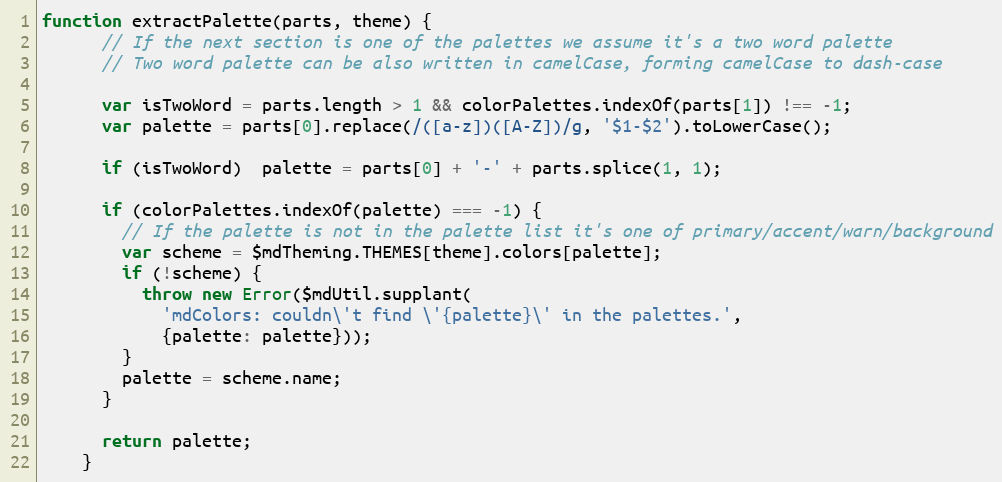
Language: JavaScript
function extractPalette(parts, theme) {
      // If the next section is one of the palettes we assume it's a two word palette
      // Two word palette can be also written in camelCase, forming camelCase to dash-case

      var isTwoWord = parts.length > 1 && colorPalettes.indexOf(parts[1]) !== -1;
      var palette = parts[0].replace(/([a-z])([A-Z])/g, '$1-$2').toLowerCase();

      if (isTwoWord)  palette = parts[0] + '-' + parts.splice(1, 1);

      if (colorPalettes.indexOf(palette) === -1) {
        // If the palette is not in the palette list it's one of primary/accent/warn/background
        var scheme = $mdTheming.THEMES[theme].colors[palette];
        if (!scheme) {
          throw new Error($mdUtil.supplant(
            'mdColors: couldn\'t find \'{palette}\' in the palettes.',
            {palette: palette}));
        }
        palette = scheme.name;
      }

      return palette;
    }